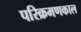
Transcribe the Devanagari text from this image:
परिक्रमणकाल